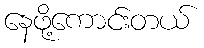
နေဖို့ကောင်းတယ်